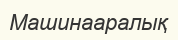
Машинааралық